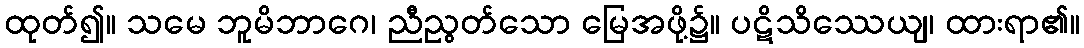
ထုတ်၍။ သမေ ဘူမိဘာဂေ၊ ညီညွတ်သော မြေအဖို့၌။ ပဋိသိဿေယျ၊ ထားရာ၏။